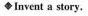
Invent a story.